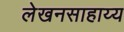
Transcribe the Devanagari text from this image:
लेखनसाहाय्य